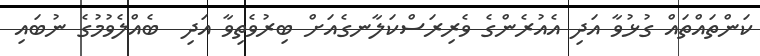
ކަންތައްތައް ގުޅުވާ އަދި އެއުރެންގެ ވެރިރަސްކަލާނގެއަށް ބިރުވެތިވާ އަދި  ބެއްލެވުމުގެ ނުބައި